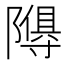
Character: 𮥩